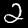
Digit: 2